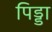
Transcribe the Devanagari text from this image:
पिड्डा